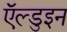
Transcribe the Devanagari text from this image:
ऍल्डुइन